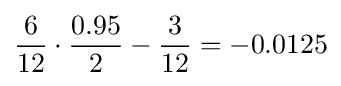
{\frac {6}{12}}\cdot {\frac {0.95}{2}}-{\frac {3}{12}}=-0.0125